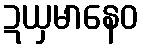
ဍယှမာနေဝ